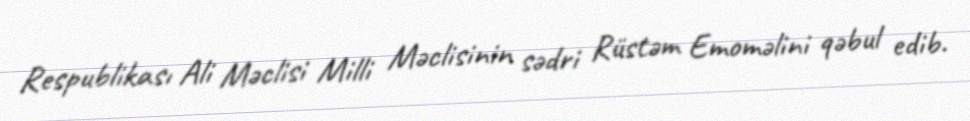
Respublikası Ali Məclisi Milli Məclisinin sədri Rüstəm Emoməlini qəbul edib.